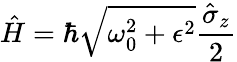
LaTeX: {\hat{H}}=\hbar{\sqrt{\omega_{0}^{2}+\epsilon^{2}}}{\frac{{\hat{\sigma}}_{z}}{2}}